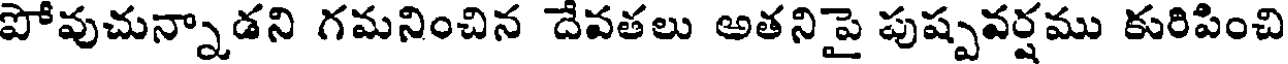
పోవుచున్నాడని గమనించిన దేవతలు అతనిపై పుష్పవర్షము కురిపించి